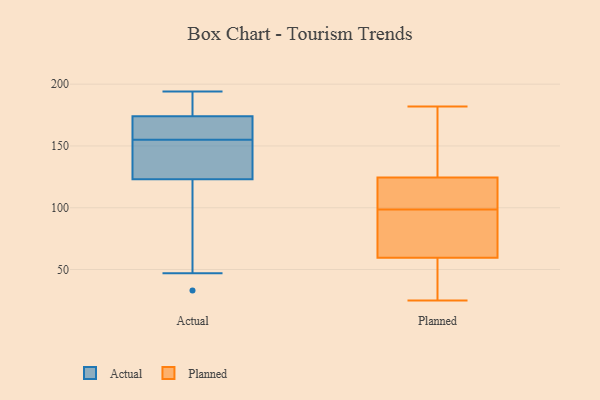
{"axis": {"x": "Budget (USD K)", "y": "Value"}, "legend": ["Actual", "Planned"], "data": [{"x": "", "y": 47, "type": "Actual"}, {"x": "", "y": 194, "type": "Actual"}, {"x": "", "y": 180, "type": "Actual"}, {"x": "", "y": 190, "type": "Actual"}, {"x": "", "y": 33, "type": "Actual"}, {"x": "", "y": 123, "type": "Actual"}, {"x": "", "y": 157, "type": "Actual"}, {"x": "", "y": 125, "type": "Actual"}, {"x": "", "y": 153, "type": "Actual"}, {"x": "", "y": 159, "type": "Actual"}, {"x": "", "y": 125, "type": "Actual"}, {"x": "", "y": 102, "type": "Actual"}, {"x": "", "y": 174, "type": "Actual"}, {"x": "", "y": 174, "type": "Actual"}, {"x": "", "y": 160, "type": "Actual"}, {"x": "", "y": 82, "type": "Actual"}, {"x": "", "y": 193, "type": "Actual"}, {"x": "", "y": 126, "type": "Actual"}, {"x": "", "y": 117, "type": "Planned"}, {"x": "", "y": 98, "type": "Planned"}, {"x": "", "y": 77, "type": "Planned"}, {"x": "", "y": 77, "type": "Planned"}, {"x": "", "y": 117, "type": "Planned"}, {"x": "", "y": 27, "type": "Planned"}, {"x": "", "y": 99, "type": "Planned"}, {"x": "", "y": 132, "type": "Planned"}, {"x": "", "y": 25, "type": "Planned"}, {"x": "", "y": 59, "type": "Planned"}, {"x": "", "y": 108, "type": "Planned"}, {"x": "", "y": 168, "type": "Planned"}, {"x": "", "y": 101, "type": "Planned"}, {"x": "", "y": 84, "type": "Planned"}, {"x": "", "y": 31, "type": "Planned"}, {"x": "", "y": 182, "type": "Planned"}, {"x": "", "y": 135, "type": "Planned"}, {"x": "", "y": 134, "type": "Planned"}, {"x": "", "y": 30, "type": "Planned"}, {"x": "", "y": 60, "type": "Planned"}]}